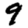
Digit: 9